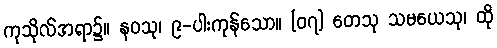
ကုသိုလ်အရာ၌။ နဝသု၊ ၉-ပါးကုန်သော။ [၀၇] တေသု သမယေသု၊ ထို